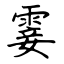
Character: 霎